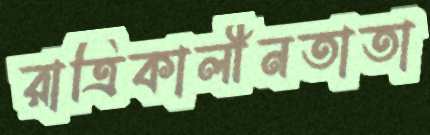
রাত্রিকালীনতাতা